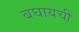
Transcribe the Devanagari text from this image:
बघायची